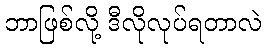
ဘာဖြစ်လို့ ဒီလိုလုပ်ရတာလဲ